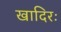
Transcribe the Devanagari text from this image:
खादिरः